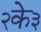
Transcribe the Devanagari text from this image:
२के३